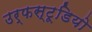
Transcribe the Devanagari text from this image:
उर्फस्टूडियो